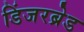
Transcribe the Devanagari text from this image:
डिंजरब्रेड